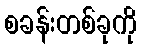
စခန်းတစ်ခုကို